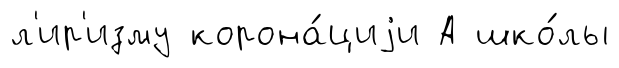
л'ир'изму корона́циjи А шко́лы